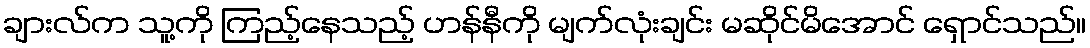
ချားလ်က သူ့ကို ကြည့်နေသည့် ဟန်နီကို မျက်လုံးချင်း မဆိုင်မိအောင် ရှောင်သည်။